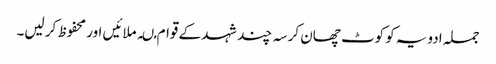
جملہ ادویہ کو کوٹ چھان کر سہ چند شہد کے قوام مںہ ملائیں اور محفوظ کر لیں۔